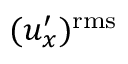
( u _ { x } ^ { \prime } ) ^ { \mathrm { r m s } }